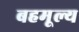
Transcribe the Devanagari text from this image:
बहमूल्य